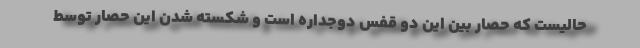
حالیست که حصار بین این دو قفس دوجداره است و شکسته شدن این حصار توسط